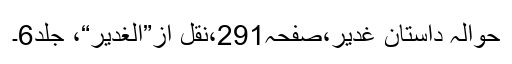
حوالہ داستانِ غدیر،صفحہ291،نقل از”الغدیر“، جلد6۔